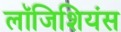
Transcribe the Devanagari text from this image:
लॉजिशियंस